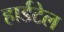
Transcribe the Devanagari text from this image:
हार्डटेल